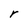
Character: r